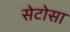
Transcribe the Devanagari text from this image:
सेटोसा